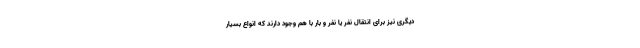
دیگری نیز برای انتقال نفر یا نفر و بار با هم وجود دارند که انواع بسیار